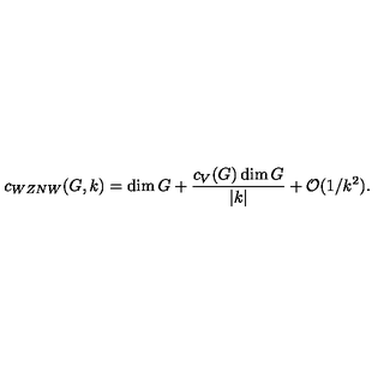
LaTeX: c _ { W Z N W } ( G , k ) = \dim G + { \frac { c _ { V } ( G ) \dim G } { | k | } } + { \cal O } ( 1 / k ^ { 2 } ) .